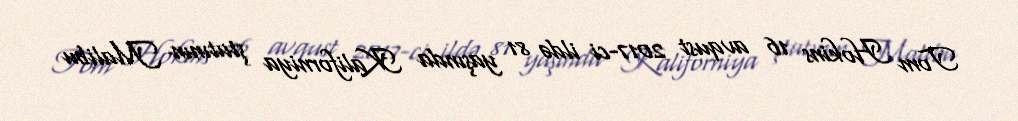
Tom Hokins 16 avqust 2017-ci ildə 81 yaşında Kaliforniya ştatının Malibu